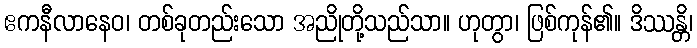
ဧကနီလာနေဝ၊ တစ်ခုတည်းသော အညိုတို့သည်သာ။ ဟုတွာ၊ ဖြစ်ကုန်၏။ ဒိဿန္တိ၊